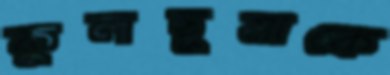
কুলছুমাকে